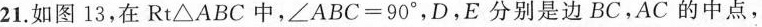
21.如图13，在Rt\triangleABC中，\angleABC=90^\circ，D，E分别是边BC.AC的中点，